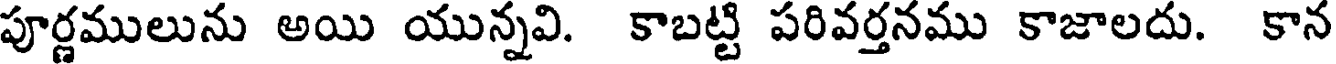
పూర్ణములును అయి యున్నవి. కాబట్టి పరివర్తనము కాజాలదు. కాన